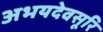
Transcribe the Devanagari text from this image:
अभयदेवसूरि